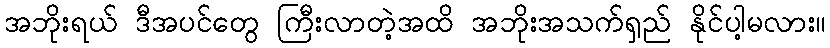
အဘိုးရယ် ဒီအပင်တွေ ကြီးလာတဲ့အထိ အဘိုးအသက်ရှည် နိုင်ပါ့မလား။